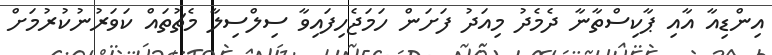
އިންޑިއާ އާއި ޕާކިސްތާނާ ދެމެދު މިއަދު ފަށަން ހަމަޖެހިފައިވާ ސިލްސިލާ މެޗުތައް ކަވަރުނުކުރުމަށް